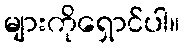
များကိုရှောင်ပါ။